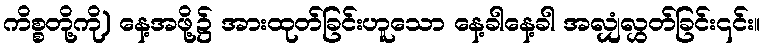
ကိစ္စတို့ကို) နေ့အဖို့၌ အားထုတ်ခြင်းဟူသော နေ့ခါနေ့ခါ အလျှံလွှတ်ခြင်း၎င်း။